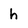
Character: h